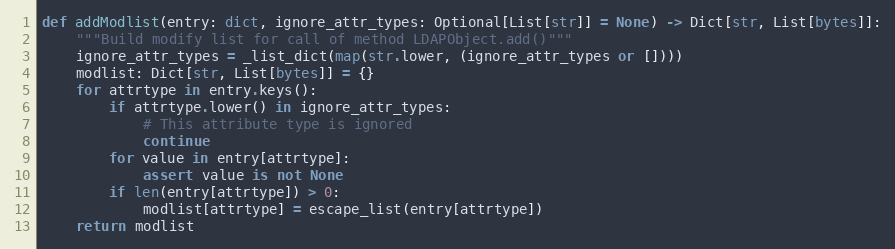
Language: Python
def addModlist(entry: dict, ignore_attr_types: Optional[List[str]] = None) -> Dict[str, List[bytes]]:
    """Build modify list for call of method LDAPObject.add()"""
    ignore_attr_types = _list_dict(map(str.lower, (ignore_attr_types or [])))
    modlist: Dict[str, List[bytes]] = {}
    for attrtype in entry.keys():
        if attrtype.lower() in ignore_attr_types:
            # This attribute type is ignored
            continue
        for value in entry[attrtype]:
            assert value is not None
        if len(entry[attrtype]) > 0:
            modlist[attrtype] = escape_list(entry[attrtype])
    return modlist